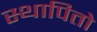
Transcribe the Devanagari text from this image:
स्थापितो